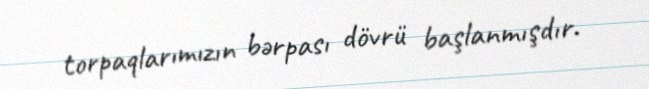
torpaqlarımızın bərpası dövrü başlanmışdır.